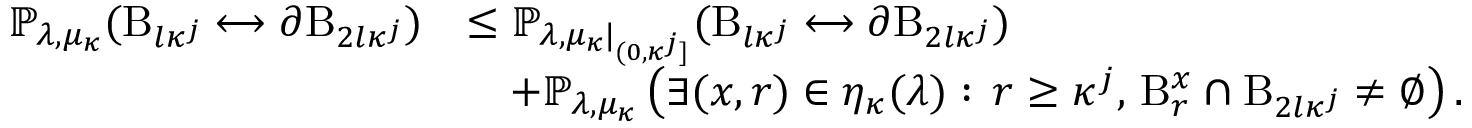
\begin{array} { r l } { \mathbb { P } _ { \lambda , \mu _ { \kappa } } ( \mathrm B _ { l \kappa ^ { j } } \longleftrightarrow \partial \mathrm B _ { 2 l \kappa ^ { j } } ) } & { \leq \mathbb { P } _ { \lambda , \mu _ { \kappa } | _ { ( 0 , \kappa ^ { j } ] } } ( \mathrm B _ { l \kappa ^ { j } } \longleftrightarrow \partial \mathrm B _ { 2 l \kappa ^ { j } } ) } \\ & { \quad + \mathbb { P } _ { \lambda , \mu _ { \kappa } } \left( \exists ( x , r ) \in \eta _ { \kappa } ( \lambda ) : \, r \geq \kappa ^ { j } , \, \mathrm B _ { r } ^ { x } \cap \mathrm B _ { 2 l \kappa ^ { j } } \neq \emptyset \right) . } \end{array}